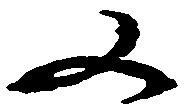
又